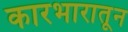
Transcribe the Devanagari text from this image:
कारभारातून